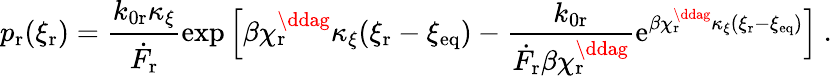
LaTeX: p_{\mathrm{r}}(\xi_{\mathrm{r}})=\frac{k_{0\mathrm{r}}\kappa_{\xi}}{\dot{F}_{\mathrm{r}}}\exp{\Big[\beta\chi_{\mathrm{r}}^{\ddag}\kappa_{\xi}(\xi_{\mathrm{r}}-\xi_{\mathrm{eq}})-\frac{k_{0\mathrm{r}}}{\dot{F}_{\mathrm{r}}\beta\chi_{\mathrm{r}}^{\ddag}}\mathrm{e}^{\beta\chi_{\mathrm{r}}^{\ddag}\kappa_{\xi}(\xi_{\mathrm{r}}-\xi_{\mathrm{eq}})}\Big]}~.